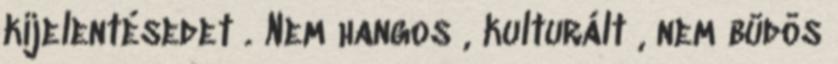
kijelentésedet . Nem hangos , kulturált , nem büdös